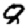
Digit: 8